Vaccine operations Central Provinces 1868-1885 - 1868-1885
Year: 1868
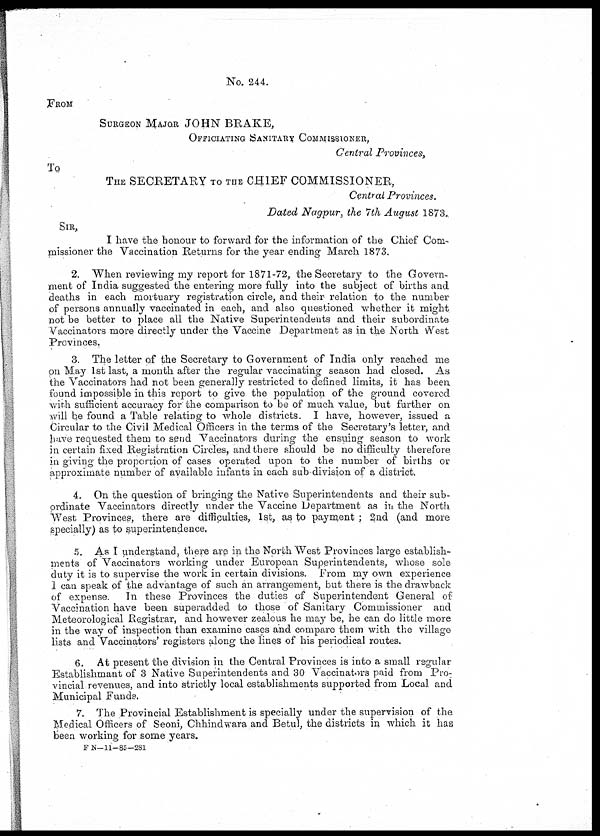
No. 244.
FROM
SURGEON MAJOR JOHN BRAKE,
OFFICIATING SANITARY COMMISSIONER,
Central Provinces,
To
THE SECRETARY TO THE CHIEF COMMISSIONER,
Central Provinces.
Dated Nagpur, the 7th August 1873.
SIR,
I have the honour to forward for the information of the Chief Com-
missioner the Vaccination Returns for the year ending March 1873.
2. When reviewing my report for 1871-72, the Secretary to the Govern-
ment of India suggested the entering more fully into the subject of births and
deaths in each mortuary registration circle, and their relation to the number
of persons annually vaccinated in each, and also questioned whether it might
not be better to place all the Native Superintendents and their subordinate
Vaccinators more directly under the Vaccine Department as in the North West
Provinces.
3. The letter of the Secretary to Government of India only reached me
on May 1st last, a month after the regular vaccinating season had closed. As
the Vaccinators had not been generally restricted to defined limits, it has been
found impossible in this report to give the population of the ground covered
with sufficient accuracy for the comparison to be of much value, but further on
will be found a Table relating to whole districts. I have, however, issued a
Circular to the Civil Medical Officers in the terms of the Secretary's letter, and
have requested them to send Vaccinators during the ensuing season to work
in certain fixed Registration Circles, and there should be no difficulty therefore
in giving the proportion of cases operated upon to the number of births or
approximate number of available infants in each sub-division of a district.
4. On the question of bringing the Native Superintendents and their sub-
ordinate Vaccinators directly under the Vaccine Department as in the North
West Provinces, there are difficulties, 1st, as to payment ; 2nd (and more
specially) as to superintendence.
5. As I understand, there are in the North West Provinces large establish-
ments of Vaccinators working under European Superintendents, whose sole
duty it is to supervise the work in certain divisions. From my own experience
I can speak of the advantage of such an arrangement, but there is the drawback
of expense. In these Provinces the duties of Superintendent General of
Vaccination have been superadded to those of Sanitary Commissioner and
Meteorological Registrar, and however zealous he may be, he can do little more
in the way of inspection than examine cases and compare them with the village
lists and Vaccinators' registers along the lines of his periodical routes.
6. At present the division in the Central Provinces is into a small regular
Establishmant of 3 Native Superintendents and 30 Vaccinators paid from Pro-
vincial revenues, and into strictly local establishments supported from Local and
Municipal Funds.
7. The Provincial Establishment is specially under the supervision of the
Medical Officers of Seoni, Chhindwara and Betul, the districts in which it has
been working for some years.
F N—11—85—281